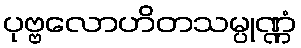
ပုဗ္ဗလောဟိတသမ္ပုဏ္ဏံ